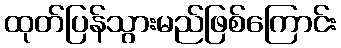
ထုတ်ပြန်သွားမည်ဖြစ်ကြောင်း